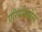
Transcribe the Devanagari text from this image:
एरियनस्पेस